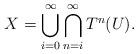
LaTeX: \begin{align*} X = \bigcup_{i=0}^\infty \bigcap_{n=i}^\infty T^n(U).\end{align*}